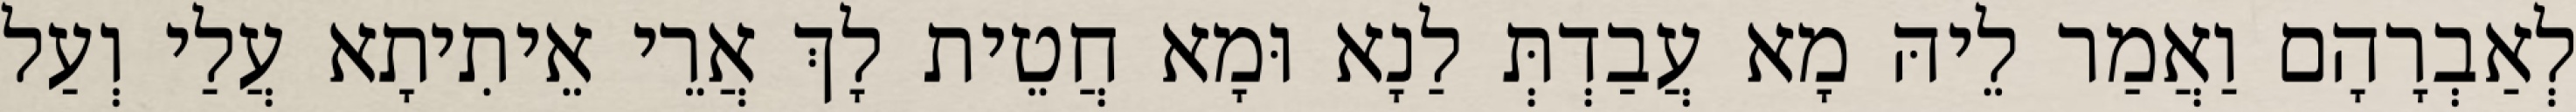
לְאַבְרָהָם וַאֲמַר לֵיהּ מָא עֲבַדְתְּ לַנָא וּמָא חֲטֵית לָךְ אֲרֵי אֵיתִיתָא עֲלַי וְעַל